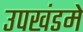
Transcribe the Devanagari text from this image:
उपखंडमे